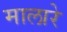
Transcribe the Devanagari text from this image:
मालारे